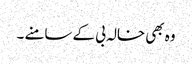
وہ بھی خالہ بی کے سامنے ۔